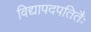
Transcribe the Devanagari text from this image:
विद्यापदपतितैः